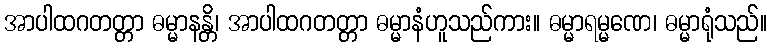
အာပါထဂတတ္တာ ဓမ္မာနန္တိ၊ အာပါထဂတတ္တာ ဓမ္မာနံဟူသည်ကား။ ဓမ္မာရမ္မဏေ၊ ဓမ္မာရုံသည်။